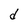
Character: d